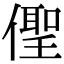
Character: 𠏄